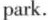
park.